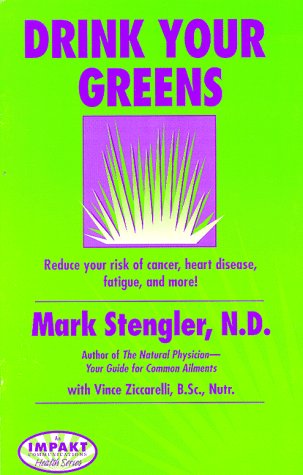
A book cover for Drink Your Greens!  Reduce your risk of cancer, heart disease, fatigue, and more!; Mark, N.D. Stengler; Health, Fitness & Dieting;